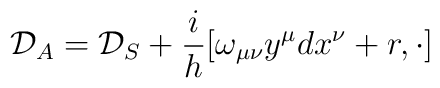
{\cal {D}}_{A}={\cal {D}}_{S}+\frac{i}{h}[\omega_{\mu\nu}y^{\mu}dx^{\nu}+r, \cdot]